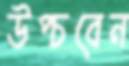
উপ্‌চবেন